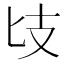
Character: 𢺵